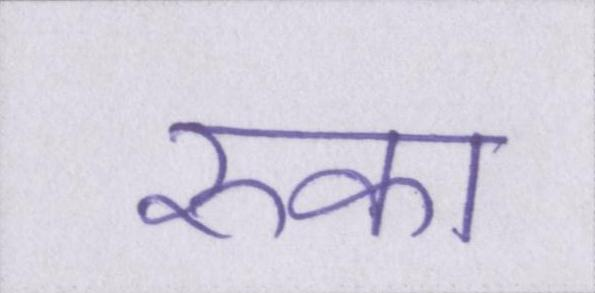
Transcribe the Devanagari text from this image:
रुका